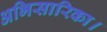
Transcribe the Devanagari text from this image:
अभिसारिका।